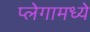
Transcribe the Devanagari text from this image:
प्लेगामध्ये